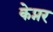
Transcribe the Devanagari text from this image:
केप्नर